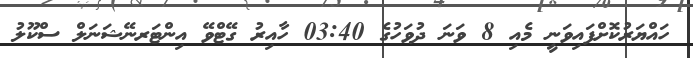
ހައްޔަރުކޮށްފައިވަނީ މެއި 8 ވަނަ ދުވަހުގެ 03:40 ހާއިރު ގޭޓްވޭ އިންޓަރނޭޝަނަލް ސްކޫލު